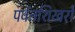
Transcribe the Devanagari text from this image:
पर्वतशिखरों